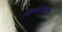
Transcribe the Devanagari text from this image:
कित्त्येकांन्ना